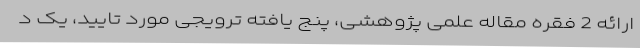
ارائه 2 فقره مقاله علمی پژوهشی، پنج یافته ترویجی مورد تایید، یک د